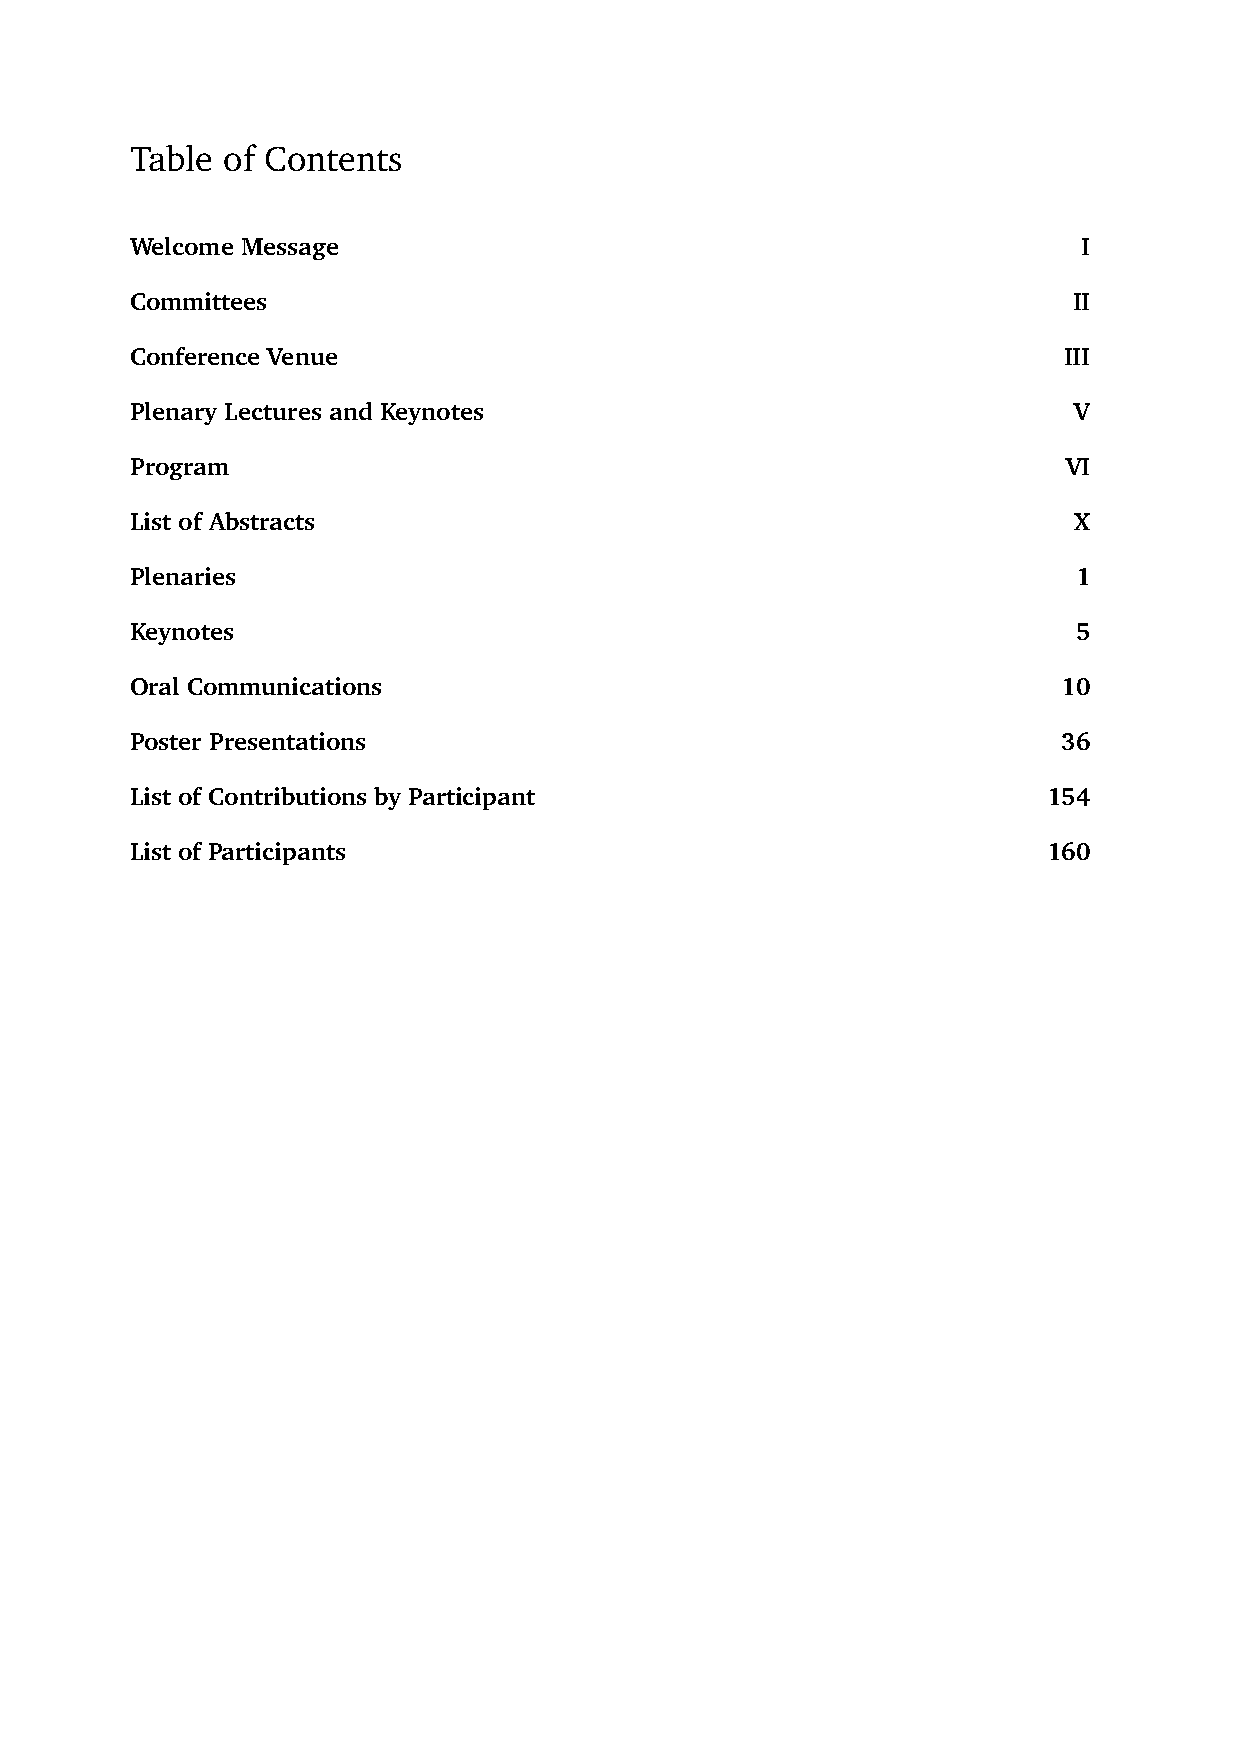
Table of Contents
 Welcome Message                                                I
 Committees                                                    II
 Conference Venue                                             III
 Plenary Lectures and Keynotes                                 V
 Program                                                       VI
 List of Abstracts                                             X
 Plenaries                                                     1
 Keynotes                                                      5
 Oral Communications                                          10
 Poster Presentations                                         36
 List of Contributions by Participant                        154
 List of Participants                                        160